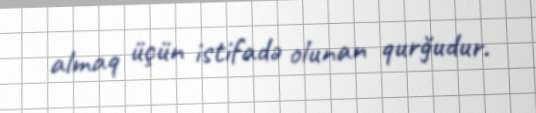
almaq üçün istifadə olunan qurğudur.